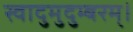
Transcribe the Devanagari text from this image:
स्वादुमुदुम्बरम्।